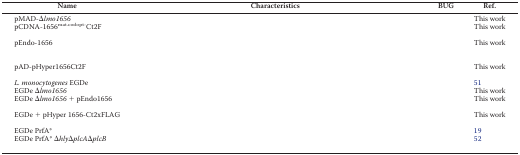
<table><thead><tr><td><b>Name</b></td><td><b>Characteristics</b></td><td><b>BUG</b></td><td><b>Ref.</b></td></tr></thead><tbody><tr><td>pMAD-Δ<i>lmo1656</i></td><td>[EMPTY_CELL]</td><td>[EMPTY_CELL]</td><td>This work</td></tr><tr><td>pCDNA-1656<sup>mat.codopt-</sup>Ct2F</td><td>[EMPTY_CELL]</td><td>[EMPTY_CELL]</td><td>This work</td></tr><tr><td>pEndo-1656</td><td>[EMPTY_CELL]</td><td>[EMPTY_CELL]</td><td>This work</td></tr><tr><td>pAD-pHyper1656Ct2F</td><td>[EMPTY_CELL]</td><td>[EMPTY_CELL]</td><td>This work</td></tr><tr><td><i>L. monocytogenes</i> EGDe</td><td>[EMPTY_CELL]</td><td>[EMPTY_CELL]</td><td>51</td></tr><tr><td>EGDe Δ<i>lmo1656</i></td><td>[EMPTY_CELL]</td><td>[EMPTY_CELL]</td><td>This work</td></tr><tr><td>EGDe Δ<i>lmo1656</i> + pEndo1656</td><td>[EMPTY_CELL]</td><td>[EMPTY_CELL]</td><td>This work</td></tr><tr><td>EGDe + pHyper 1656-Ct2xFLAG</td><td>[EMPTY_CELL]</td><td>[EMPTY_CELL]</td><td>This work</td></tr><tr><td>EGDe PrfA*</td><td>[EMPTY_CELL]</td><td>[EMPTY_CELL]</td><td>19</td></tr><tr><td>EGDe PrfA* Δ<i>hly</i>Δ<i>plcA</i>Δ<i>plcB</i></td><td>[EMPTY_CELL]</td><td>[EMPTY_CELL]</td><td>52</td></tr></tbody></table>